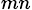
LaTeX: _{mn}